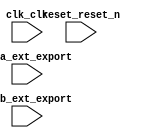

module nios_interrupt (
	clk_clk,
	reset_reset_n,
	pioa_ext_export,
	piob_ext_export);	

	input		clk_clk;
	input		reset_reset_n;
	input	[7:0]	pioa_ext_export;
	input	[7:0]	piob_ext_export;
endmodule